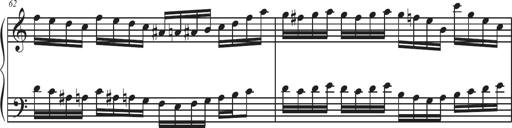
Title: Sonatina Espania
Composer: Jerald Franklin Archer
Key: Various